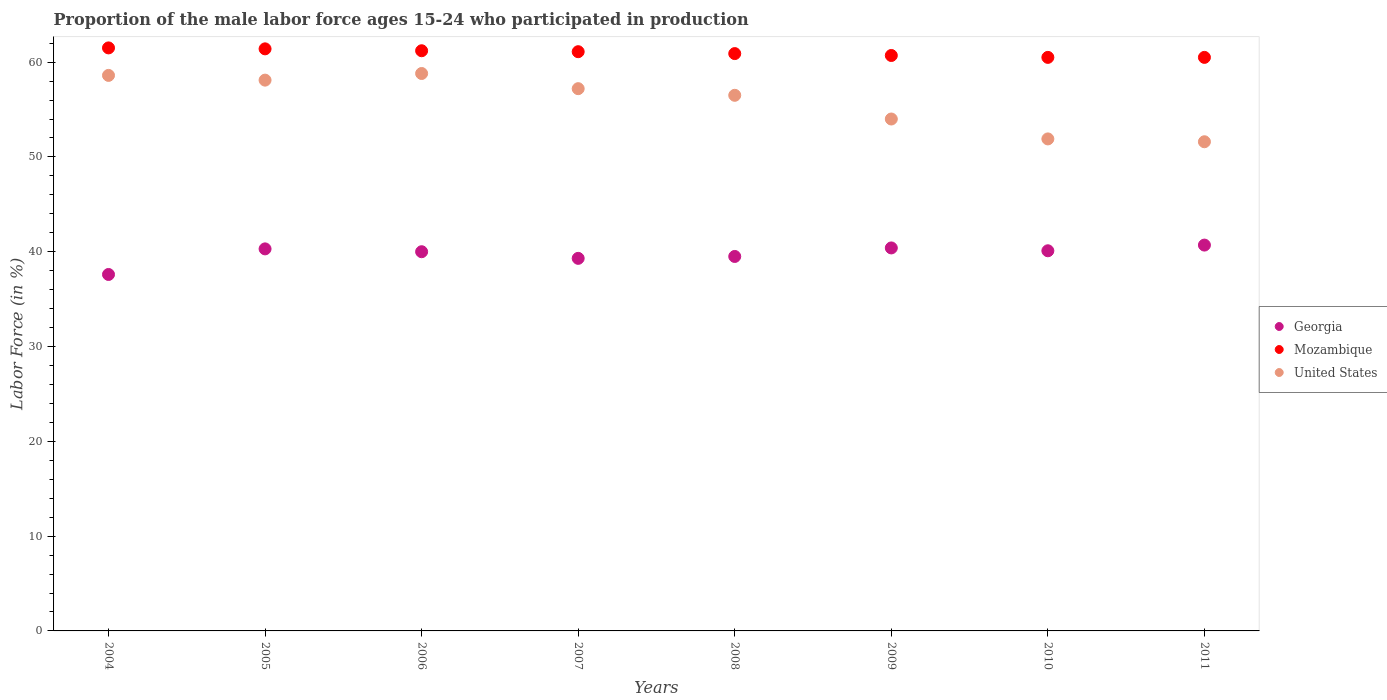
| Years | Georgia | Mozambique | United States |
 | --- | --- | --- | --- |
 | 2004 | 37.6 | 61.5 | 58.6 |
 | 2005 | 40.3 | 61.4 | 58.1 |
 | 2006 | 40 | 61.2 | 58.8 |
 | 2007 | 39.3 | 61.1 | 57.2 |
 | 2008 | 39.5 | 60.9 | 56.5 |
 | 2009 | 40.4 | 60.7 | 54 |
 | 2010 | 40.1 | 60.5 | 51.9 |
 | 2011 | 40.7 | 60.5 | 51.6 |